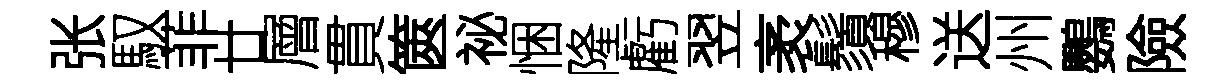
张馭菲廿層貫篋祕悃隆虧翌袤鬚穆送州鸚險